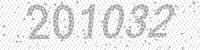
Solution: 201032